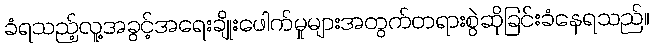
ခံရသည့်လူ့အခွင့်အရေးချိုးဖေါက်မှုများအတွက်တရားစွဲဆိုခြင်းခံနေရသည်။